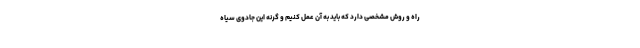
راه و روش مشخصی دارد که باید به آن عمل کنیم و گرنه این جادوی سیاه